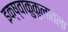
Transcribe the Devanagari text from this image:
इक्ष्वाकुकुलातला